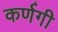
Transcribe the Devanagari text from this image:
कर्णगी